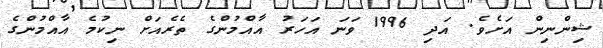
ޝިންނިން އަށެވެ. އަދި 1996 ވަނަ އަހަރު އާއްމުންގެ ތެރެއަށް ނިކުމެ އާއްމުންގެ